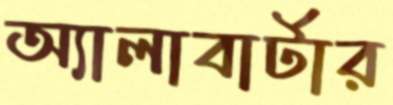
অ্যালাবার্টার